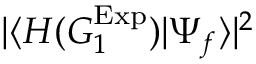
| \langle { H ( G _ { 1 } ^ { \mathrm { E x p } } ) } | { \Psi _ { f } } \rangle | ^ { 2 }